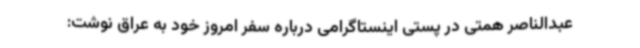
عبدالناصر همتی در پستی اینستاگرامی درباره سفر امروز خود به عراق نوشت: